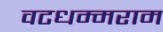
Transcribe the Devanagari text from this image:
वटधम्मराम